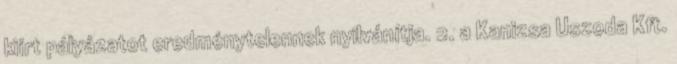
kiírt pályázatot eredménytelennek nyilvánítja. 2. a Kanizsa Uszoda Kft.